Report on the lunatic asylums under the Government of Bombay - 1904-1913
Year: 1904
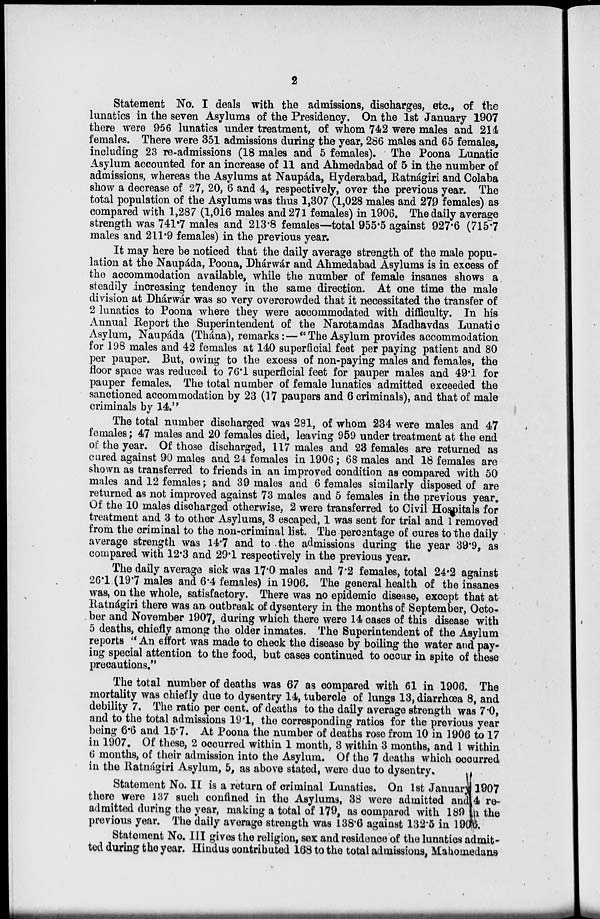
2
Statement No. I deals with the admissions, discharges, etc., of the
lunatics in the seven Asylums of the Presidency. On the 1st January 1907
there were 956 lunatics under treatment, of whom 742 were males and 214
females. There were 351 admissions during the year, 286 males and 65 females,
including 23 re-admissions (18 males and 5 females). The Poona Lunatic
Asylum accounted for an increase of 11 and Ahmedabad of 5 in the number of
admissions, whereas the Asylums at Naupáda, Hyderabad, Ratnágiri and Colaba
show a decrease of 27, 20, 6 and 4, respectively, over the previous year. The
total population of the Asylums was thus 1,307 (1,028 males and 279 females) as
compared with 1,287 (1,016 males and 271 females) in 1906. The daily average
strength was 741.7 males and 213.8 females—total 955.5 against 927.6 (715.7
males and 211.9 females) in the previous year.
It may here be noticed that the daily average strength of the male popu-
lation at the Naupáda, Poona, Dhárwár and Ahmedabad Asylums is in excess of
the accommodation available, while the number of female insanes shows a.
steadily increasing tendency in the same direction. At one time the male
division at Dhárwár was so very overcrowded that it necessitated the transfer of
2 lunatics to Poona where they were accommodated with difficulty. In his
Annual Report the Superintendent of the Narotamdas Madhavdas Lunatic
Asylum, Naupáda (Thána), remarks:—"The Asylum provides accommodation
for 198 males and 42 females at 140 superficial feet per paying patient and 80
per pauper. But, owing to the excess of non-paying males and females, the
floor space was reduced to 76.1 superficial feet for pauper males and 49.1 for
pauper females. The total number of female lunatics admitted exceeded the
sanctioned accommodation by 23 (17 paupers and 6 criminals), and that of male
criminals by 14.''
The total number discharged was 281, of whom 234 were males and 47
females; 47 males and 20 females died, leaving 959 under treatment at the end
of the year. Of those discharged, 117 males and 23 females are returned as
cured against 90 males and 24 females in 1906; 68 males and 18 females are
shown as transferred to friends in an improved condition as compared with 50
males and 12 females; and 39 males and 6 females similarly disposed of are
returned as not improved against 73 males and 5 females in the previous year.
Of the 10 males discharged otherwise, 2 were transferred to Civil Hospitals for
treatment and 3 to other Asylums, 3 escaped, 1 was sent for trial and 1 removed
from the criminal to the non-criminal list. The percentage of cures to the daily
average strength was 14.7 and to the admissions during the year 39.9, as
compared with 12.3 and 29.1 respectively in the previous year.
The daily average sick was 17.0 males and 7.2 females, total 24.2 against
26.1 (19.7 males and 6.4 females) in 1906. The general health of the insanes
was, on the whole, satisfactory. There was no epidemic disease, except that at
Ratnágiri there was an outbreak of dysentery in the months of September, Octo-
ber and November 1907, during which there were 14 cases of this disease with
5 deaths, chiefly among the older inmates. The Superintendent of the Asylum
reports " An effort was made to check the disease by boiling the water and pay-
ing special attention to the food, but cases continued to occur in spite of these
precautions."
The total number of deaths was 67 as compared with 61 in 1906. The
mortality was chiefly due to dysentry 14, tubercle of lungs 13, diarrhœa 8, and
debility 7. The ratio per cent. of deaths to the daily average strength was 7.0,
and to the total admissions 19.1, the corresponding ratios for the previous year
being 6.6 and 15.7. At Poona the number of deaths rose from 10 in 1906 to 17
in 1907. Of these, 2 occurred within 1 month, 3 within 3 months, and 1 within
6 months, of their admission into the Asylum. Of the 7 deaths which occurred
in the Ratnágiri Asylum, 5, as above stated, were due to dysentry.
Statement No. II is a return of criminal Lunatics. On 1st January 1907
there were 137 such confined in the Asylums, 38 were admitted and 4 re-
admitted during the year, making a total of 179, as compared with 189 of the
previous year. The daily average strength was 138.6 against 132.5 in 1906.
Statement No. III gives the religion, sex and residence of the lunatics admit-
ted during the year. Hindus contributed 168 to the total admissions, Mahomedans